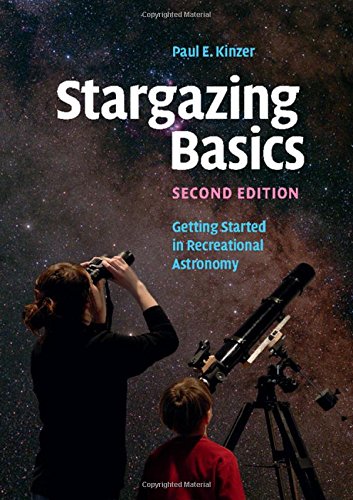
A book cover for Stargazing Basics: Getting Started in Recreational Astronomy; Paul E. Kinzer; Science & Math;